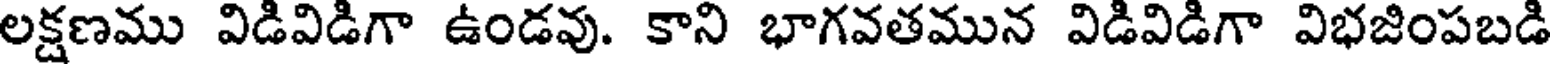
లక్షణము విడివిడిగా ఉండవు. కాని భాగవతమున విడివిడిగా విభజింపబడి